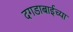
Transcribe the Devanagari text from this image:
दगडाबाईच्या